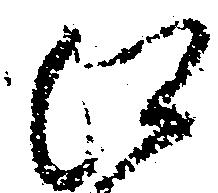
江